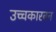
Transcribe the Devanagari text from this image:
उच्चकारबन